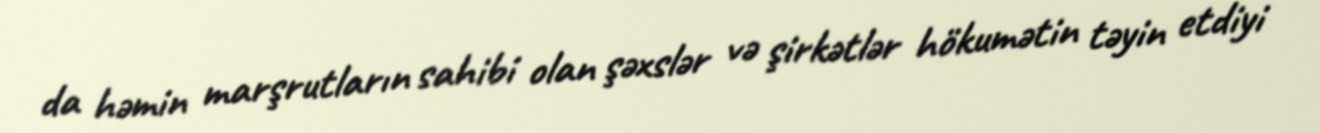
da həmin marşrutların sahibi olan şəxslər və şirkətlər hökumətin təyin etdiyi